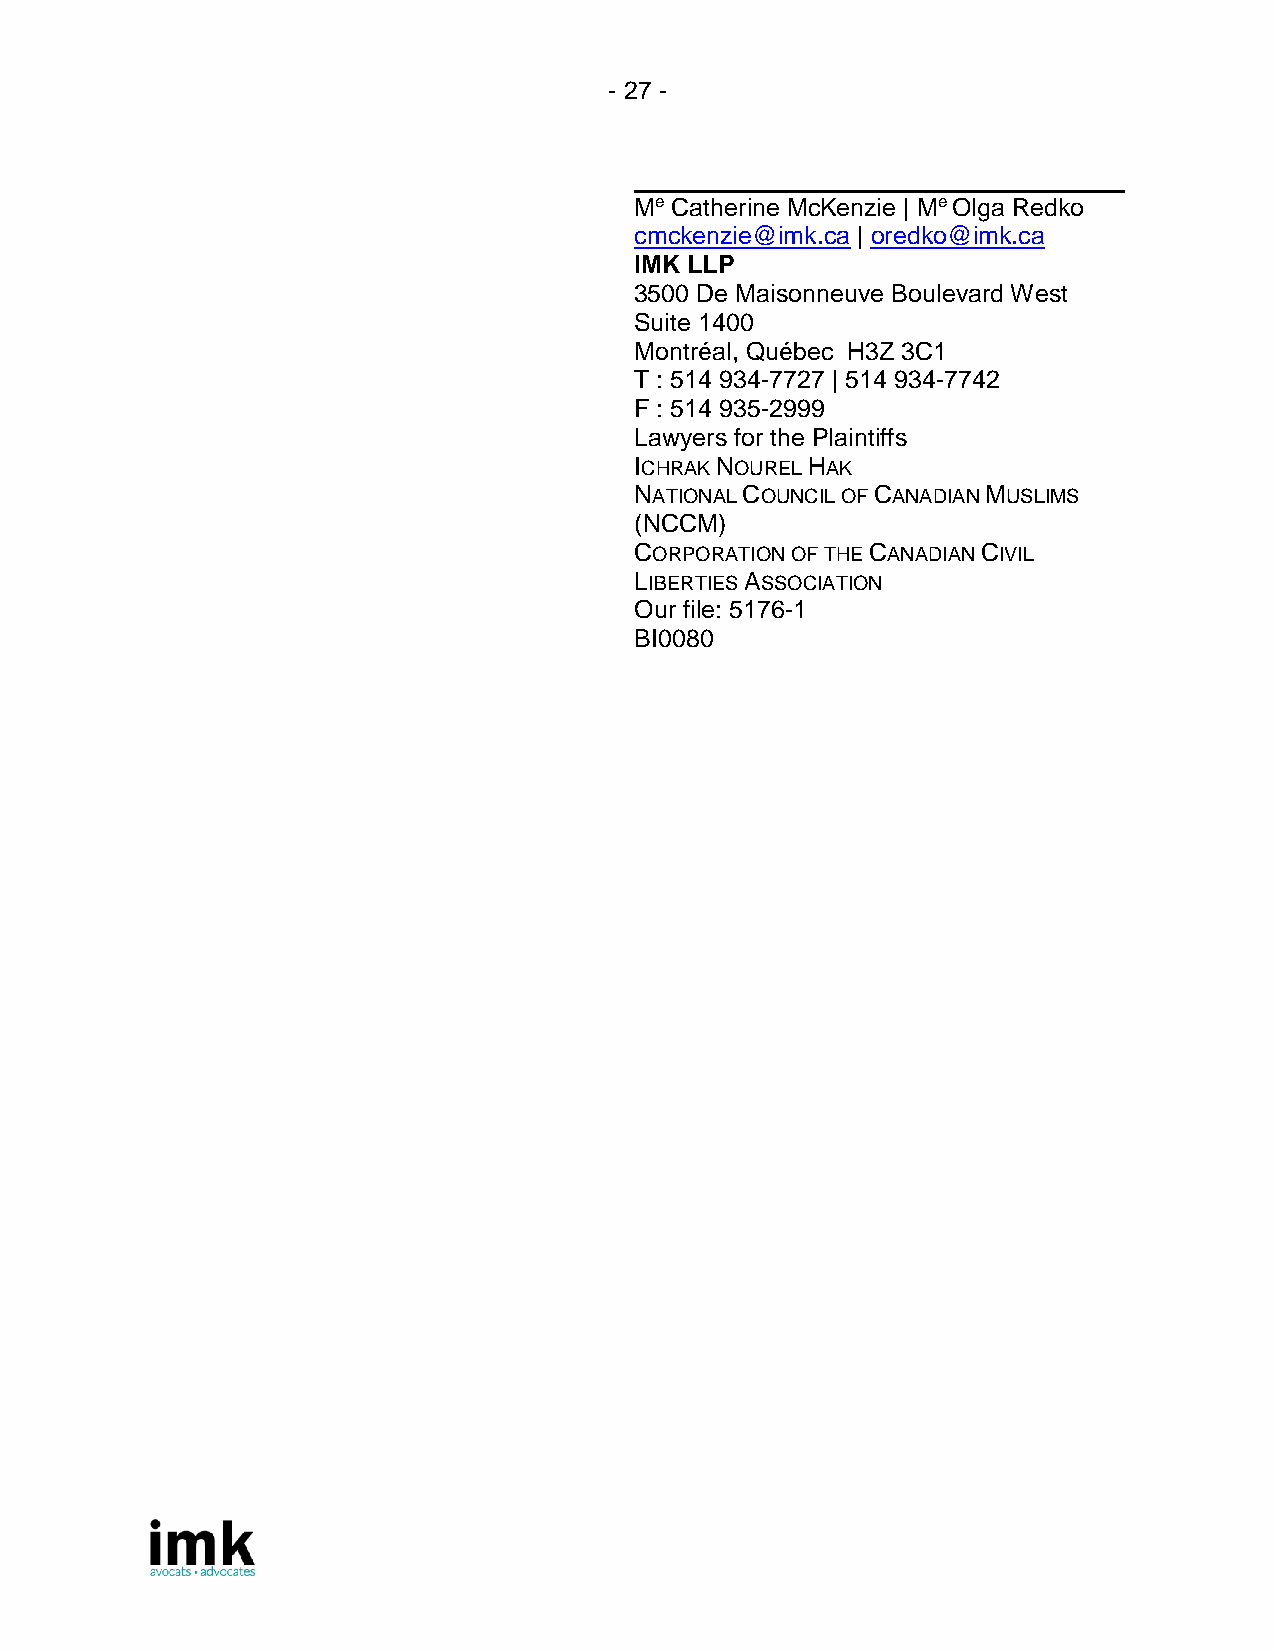
- 27 -
 Me Catherine McKenzie | Me Olga Redko
 cmckenzie@imk.ca | oredko@imk.ca
 IMK LLP
 3500 De Maisonneuve Boulevard West
 Suite 1400
 Montréal, Québec H3Z 3C1
 T : 514 934-7727 | 514 934-7742
 F : 514 935-2999
 Lawyers for the Plaintiffs
 ICHRAK NOUREL HAK
 NATIONAL COUNCIL OF CANADIAN MUSLIMS
 (NCCM)
 CORPORATION OF THE CANADIAN CIVIL
 LIBERTIES ASSOCIATION
 Our file: 5176-1
 BI0080